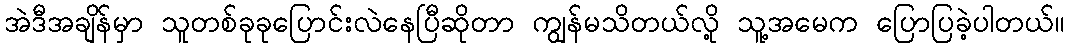
အဲဒီအချိန်မှာ သူတစ်ခုခုပြောင်းလဲနေပြီဆိုတာ ကျွန်မသိတယ်လို့ သူ့အမေက ပြောပြခဲ့ပါတယ်။